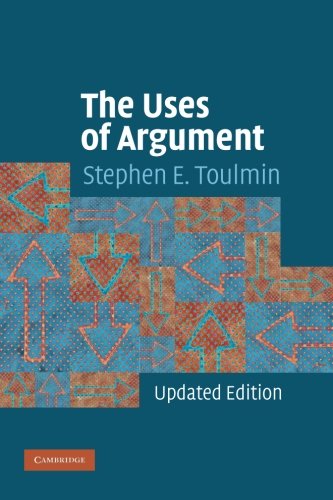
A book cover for The Uses of Argument; Stephen Edelston Toulmin; Politics & Social Sciences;